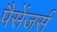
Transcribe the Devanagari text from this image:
पैसेंजर्स